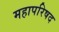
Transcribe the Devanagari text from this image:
महापरिषद